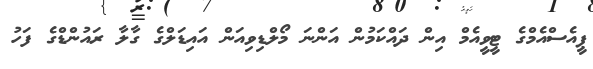
ޕީއެސްއެމްގެ ޓީވީއެމް އިން ދައްކަމުން އަންނަ މޯލްޑިވިއަން އައިޑަލްގެ ގާލާ ރައުންޑްގެ ފަހު